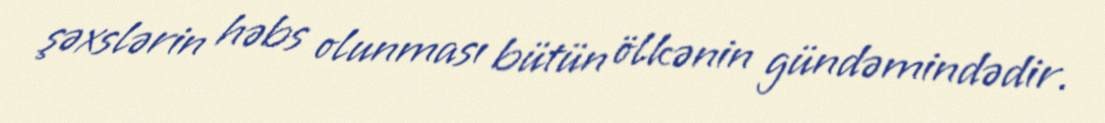
şəxslərin həbs olunması bütün ölkənin gündəmindədir.